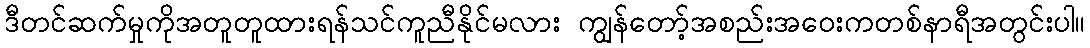
ဒီတင်ဆက်မှုကိုအတူတူထားရန်သင်ကူညီနိုင်မလား ကျွန်တော့်အစည်းအဝေးကတစ်နာရီအတွင်းပါ။